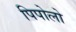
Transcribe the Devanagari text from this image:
पिपोलो